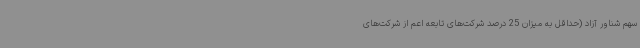
سهم شناور آزاد (حداقل به میزان 25 درصد شرکت‌های تابعه اعم از شرکت‌های